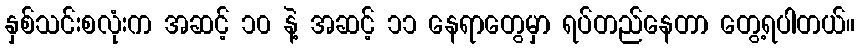
နှစ်သင်းစလုံးက အဆင့် ၁၀ နဲ့ အဆင့် ၁၁ နေရာတွေမှာ ရပ်တည်နေတာ တွေ့ရပါတယ်။